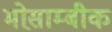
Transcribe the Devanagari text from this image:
मोस़ाम्बीक